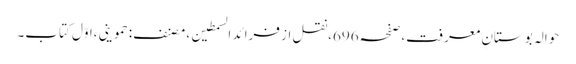
حوالہ بوستانِ معرفت،صفحہ696،نقل از فرائد السمطین،مصنف:حموینی،اوّلِ کتاب۔